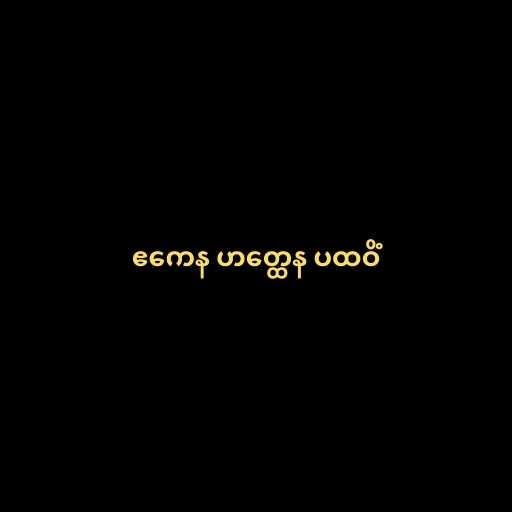
ဧကေန ဟတ္ထေန ပထဝိံ